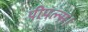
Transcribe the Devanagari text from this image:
पीपल्स।